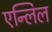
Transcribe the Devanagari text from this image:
एन्लिल